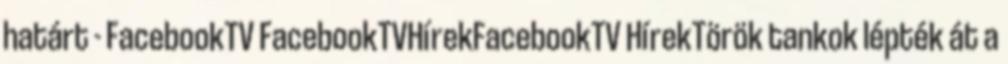
határt - FacebookTV FacebookTVHírekFacebookTV HírekTörök tankok lépték át a